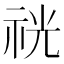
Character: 𥙑